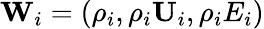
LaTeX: \textbf{W}_{i}=\left(\rho_{i},\rho_{i}\textbf{U}_{i},\rho_{i}E_{i}\right)